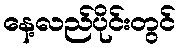
နေ့လည်ပိုင်းတွင်